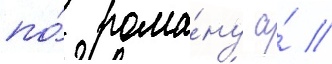
по́ рома́ну а́ //